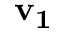
\mathbf { v _ { 1 } }